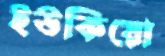
ইউকিয়ো